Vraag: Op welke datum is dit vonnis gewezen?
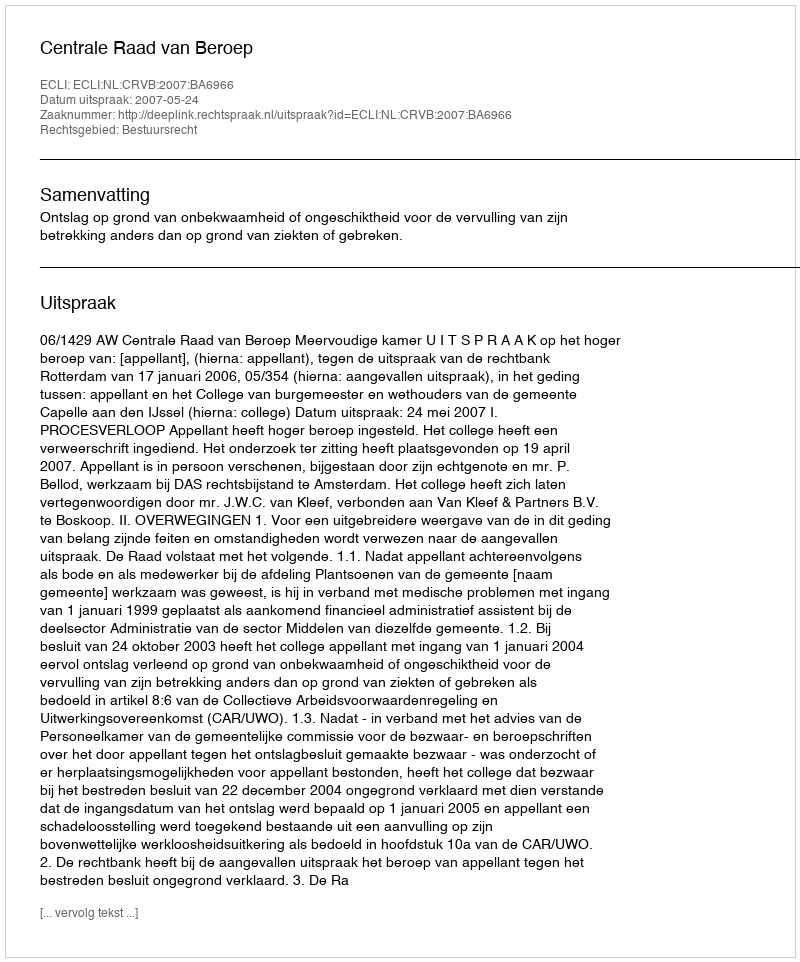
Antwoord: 2007-05-24